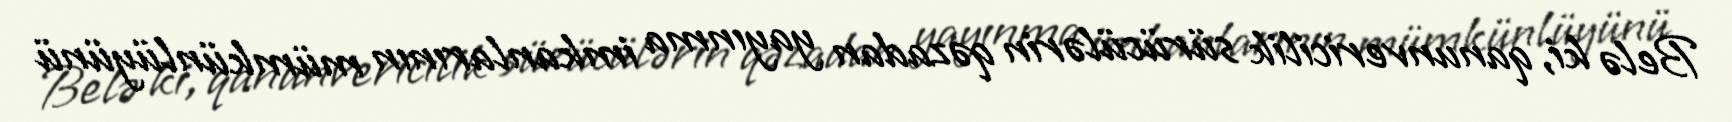
Belə ki, qanunvericilik sürücülərin qəzadan yayınma imkanlarının mümkünlüyünü